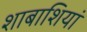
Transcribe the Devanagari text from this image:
शाबाशियां